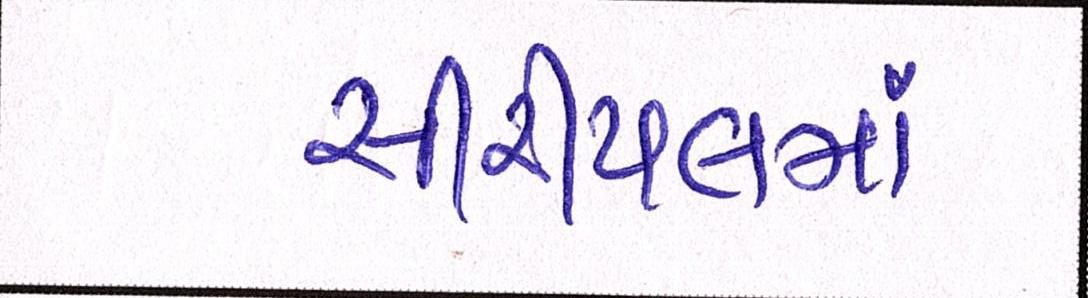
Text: સીરીયલમાં